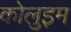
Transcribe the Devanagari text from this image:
कोलुइम